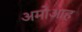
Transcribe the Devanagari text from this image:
अमोआह